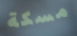
مسكة